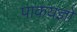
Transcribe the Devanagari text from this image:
पाकयज्ञों